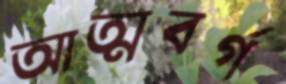
আত্মবর্গ